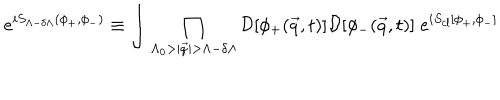
e ^ { i S _ { \Lambda - \delta \Lambda } ( \phi _ { + } , \phi _ { - } ) } \equiv \int \prod _ { \Lambda _ { 0 } > | { \vec { q } } | > \Lambda - \delta \Lambda } { \cal D } [ \phi _ { + } ( { \vec { q } } , t ) ] { \cal D } [ \phi _ { - } ( { \vec { q } } , t ) ] \; e ^ { i S _ { c l } [ \phi _ { + } , \phi _ { - } ] }